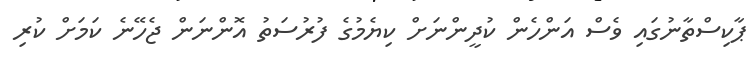
ޕާކިސްތާނުގައި ވެސް އަންހެން ކުދީންނަށް ކިޔެމުގެ ފުރުސަތު އޮންނަން ޖެހޭނެ ކަމަށް ކުރި